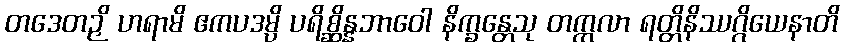
တဒေတဉှိ ဟရာမိ ဧကပဒမ္ပိ ပရိစ္ဆိန္နဘာဝေါ နိက္ခန္တေသု တက္ကလာ ရတ္တိနိဿဂ္ဂိယေနာတိ